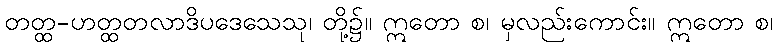
တတ္ထ-ဟတ္ထတလာဒိပဒေသေသု၊ တို့၌။ ဣတော စ၊ မှလည်းကောင်း။ ဣတော စ၊